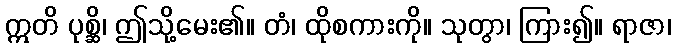
ဣတိ ပုစ္ဆိ၊ ဤသို့မေး၏။ တံ၊ ထိုစကားကို။ သုတွာ၊ ကြား၍။ ရာဇာ၊